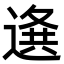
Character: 𨕊